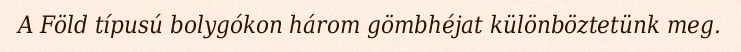
A Föld típusú bolygókon három gömbhéjat különböztetünk meg.